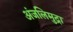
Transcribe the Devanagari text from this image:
अंजलिमुद्रा